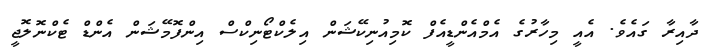
ދާއިރާ ގައެވެ. އެއީ މިހާރުގެ އެމްއެންޑީއެފް ކޮމިއުނިކޭޝަން އިލެކްޓޯނިކްސް އިންފޮމޭޝަން އެންޑް ޓެކްނޮލޮޖީ